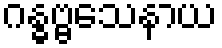
ဂန္ဓဗ္ဗသေနာယ